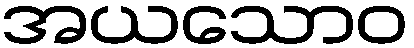
အယသောဝ